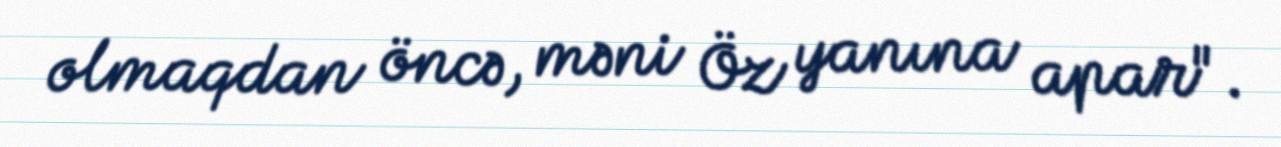
olmaqdan öncə, məni Öz yanına apar".